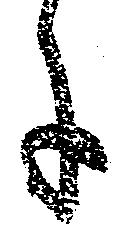
に